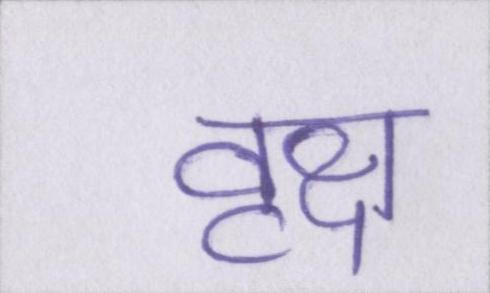
वृक्ष